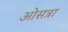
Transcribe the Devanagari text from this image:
ओसत्रा